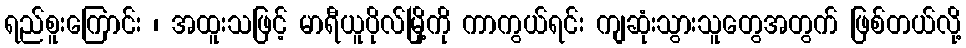
ရည်စူးကြောင်း ၊ အထူးသဖြင့် မာရီယူပိုလ်မြို့ကို ကာကွယ်ရင်း ကျဆုံးသွားသူတွေအတွက် ဖြစ်တယ်လို့